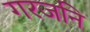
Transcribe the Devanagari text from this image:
गरजनि